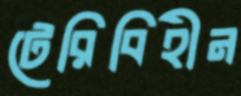
টেরিবিহীন